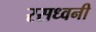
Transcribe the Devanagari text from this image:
रसध्वनी